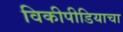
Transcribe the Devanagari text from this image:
विकीपीडियाचा